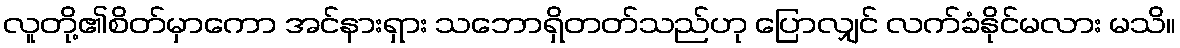
လူတို့၏စိတ်မှာကော အင်နားရှား သဘောရှိတတ်သည်ဟု ပြောလျှင် လက်ခံနိုင်မလား မသိ။